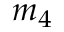
m _ { 4 }